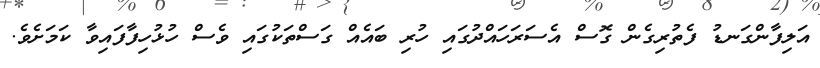
އަލިފާންގަނޑު ފެތުރިގެން ގޮސް އެސަރަހައްދުގައި ހުރި ބައެއް ގަސްތަކުގައި ވެސް ހުޅުހިފާފައިވާ ކަމަށެވެ.